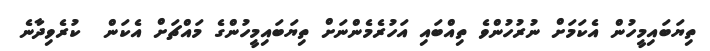
ތިޔަބައިމީހުން އެކަމަށް ނުރުހުންވެ ތިއްބައި އަހުރެމެންނަށް ތިޔަބައިމީހުންގެ މައްޗަށް އެކަން  ކުރެވިދާނެ